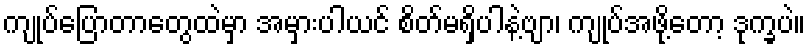
ကျုပ်ပြောတာတွေထဲမှာ အမှားပါယင် စိတ်မရှိပါနဲ့ဗျာ၊ ကျုပ်အဖို့တော့ ဒုက္ခပဲ။